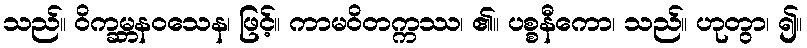
သည်။ ဝိက္ခမ္ဘနဝသေန၊ ဖြင့်။ ကာမဝိတက္ကဿ၊ ၏။ ပစ္စနီကော၊ သည်။ ဟုတွာ၊ ၍။